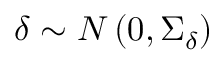
\delta \sim N \left( 0 , \Sigma _ { \delta } \right)